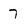
Character: 7